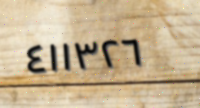
٤١١٣٢٦